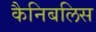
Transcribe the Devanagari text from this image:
कैनिबलिस